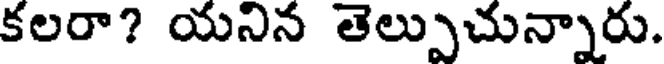
కలరా? యనిన తెల్పుచున్నారు.